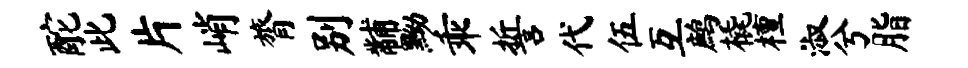
酡此片峭膂别黼黝乖誓代伍互鹧橇檀淑兮脂